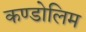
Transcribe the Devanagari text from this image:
कण्डोलिम